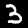
Label: 3